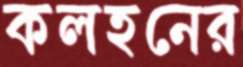
কলহনের